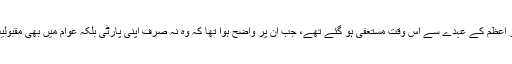
کیون رڈ رواں سال چوبیس جون کو وزیر اعظم کے عہدے سے اس وقت مستعفی ہو گئے تھے، جب ان پر واضح ہوا تھا کہ وہ نہ صرف اپنی پارٹی بلکہ عوام میں بھی مقبولیت برقرار رکھنے میں ناکام ہو گئے ہیں۔